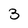
Character: 3